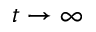
t \to \infty